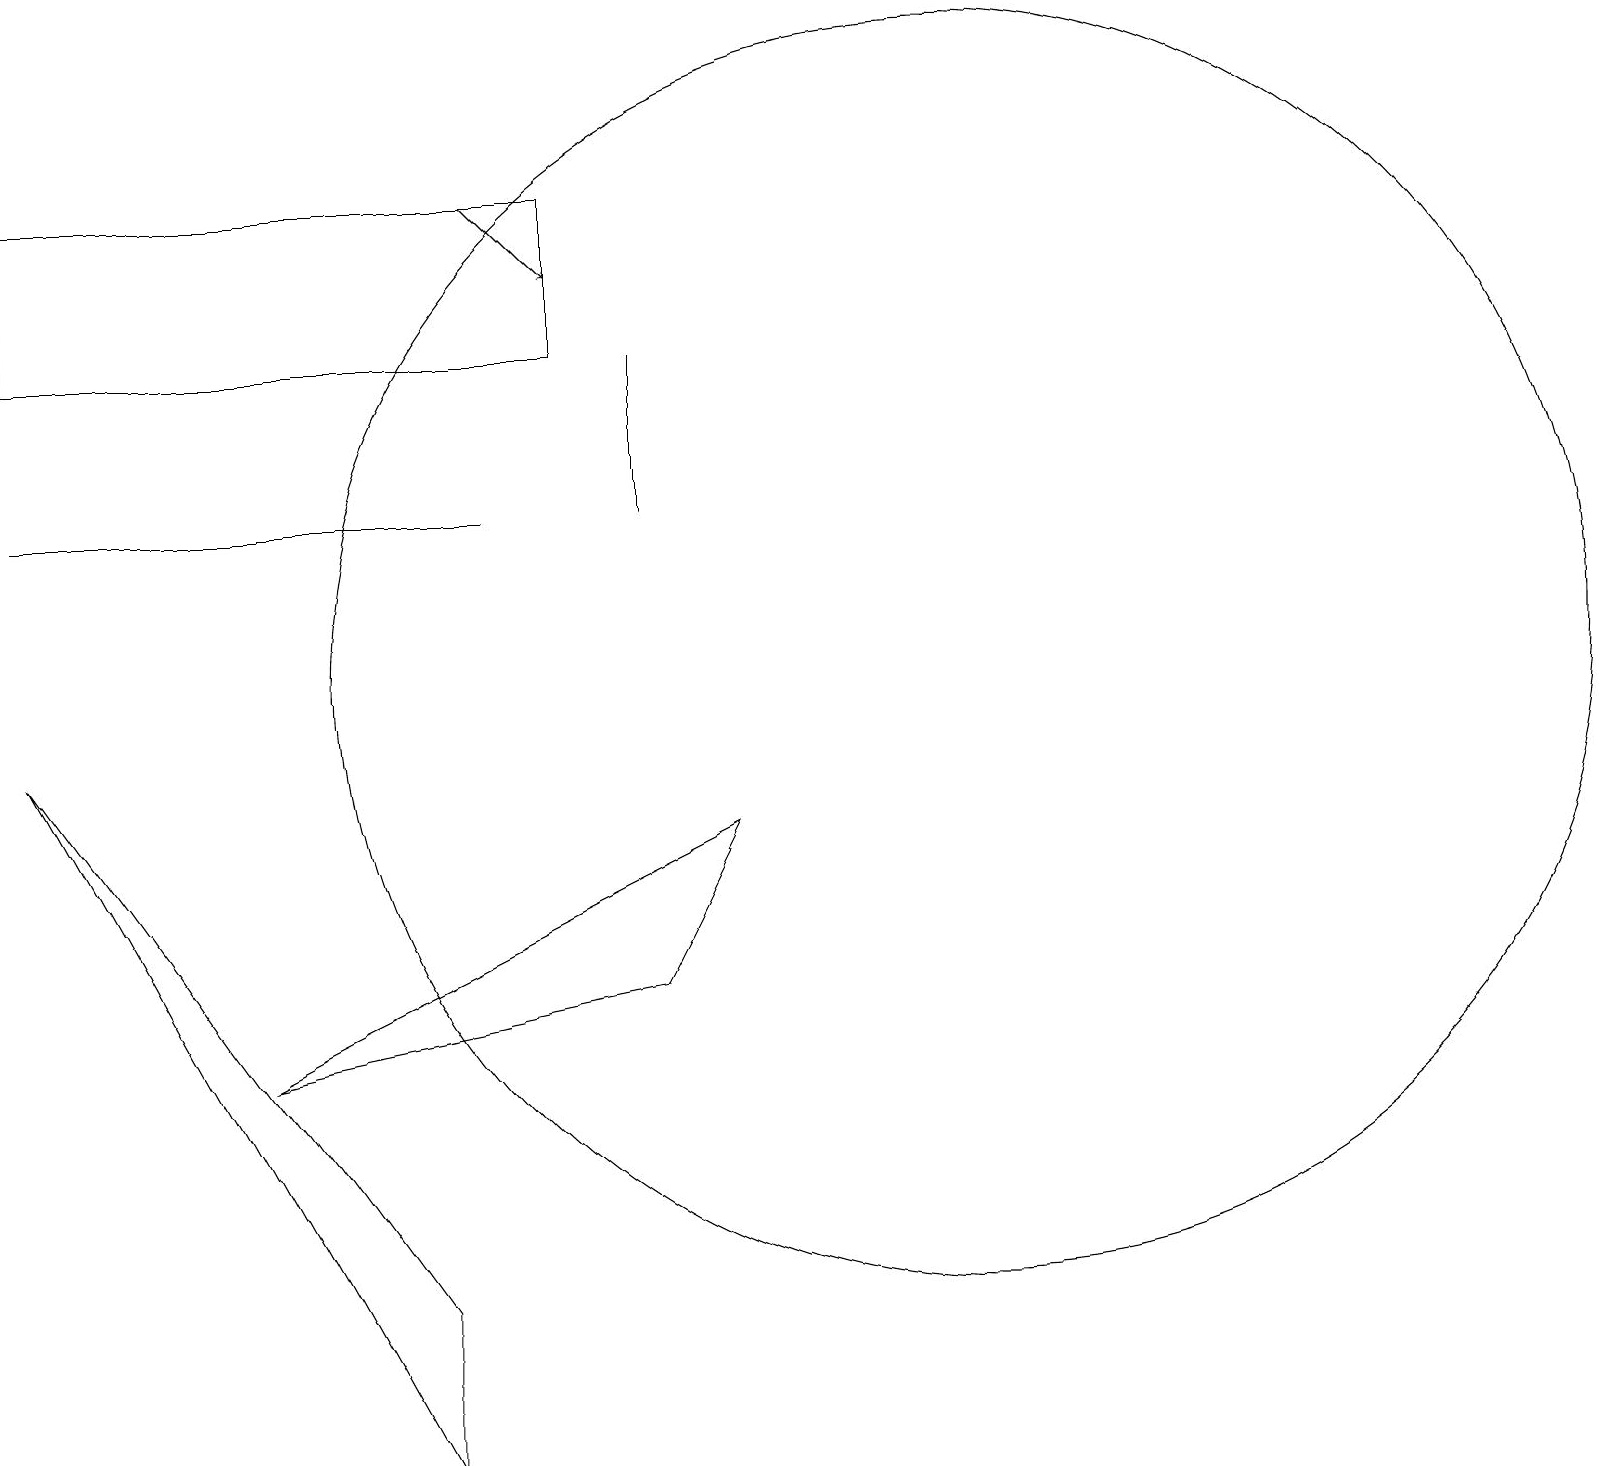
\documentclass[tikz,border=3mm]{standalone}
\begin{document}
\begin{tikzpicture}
\draw (12,10) circle (8);
\draw (5,0) -- (0,9) -- (5,2) -- cycle;
\draw (8,12) rectangle (8,14);
\draw (6,12) rectangle (0,12);
\draw (8,6) -- (9,8) -- (3,5) -- cycle;
\draw[->] (6,16) -- (7,15);
\draw (7,14) rectangle (0,16);
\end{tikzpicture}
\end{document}